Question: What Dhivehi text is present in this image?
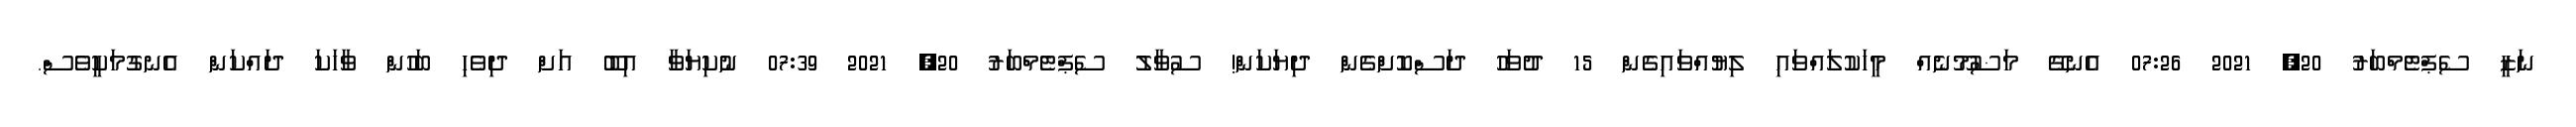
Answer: ނަޒީ ސެޕްޓެމްބަރު 20, 2021 07:26 އެނގޭ މަޟުމޫނެއް މީހަކުލައްވައި ލިޔުއްވައިގެން 15 ދުވަހު ދަސްކޮށްގެން ދިޔަކަން! ސުވާލު ސެޕްޓެމްބަރު 20, 2021 07:39 ނުކިޔަވާ އިބޫ އަށް ދިވެހި ބަހުން ވާހަކަ ދައްކަން އެނގުމަކީވެސް.